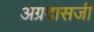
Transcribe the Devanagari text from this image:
अग्रदासजी